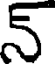
న్